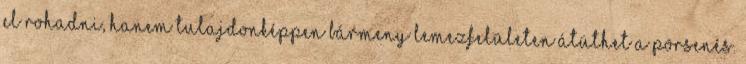
el rohadni, hanem tulajdonképpen bármeny lemezfelületen átüthet a pörsenés.